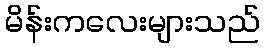
မိန်းကလေးများသည်